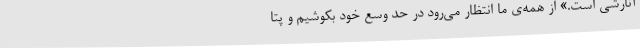
آنارشی است.» از همه‌ی ما انتظار می‌رود در حد وسع خود بکوشیم و پتا